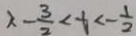
x - \frac { 3 } { 2 } < t < - \frac { 1 } { 2 }